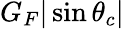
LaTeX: G_{F}|\sin\theta_{c}|